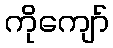
ကိုကျော်